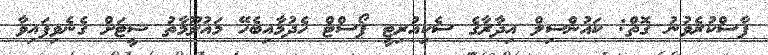
ފާސްކުރެވުނު ގޮތް: ކައުންސިލް އިދާރާގެ ސެކިއުރިޓީ ޕޯސްޓް ހެދުމާއިބެހޭ މައުލޫމާތު ޝީޓަށް ގެނެވިފައިވާ